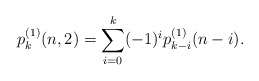
\begin{align*}p^{(1)}_k(n,2)=\sum_{i=0}^{k}(-1)^i p_{k-i}^{(1)}(n-i).\end{align*}